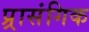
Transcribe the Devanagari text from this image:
प्र्रासंगिक